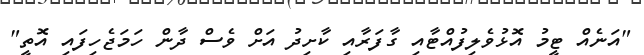
"އަނެއް ޓީމު އޮޅުވެލިފުއްޓާއި ގާފަރާއި ކާށިދު އަށް ވެސް ދާން ހަމަޖެހިފައި އޮތީ"